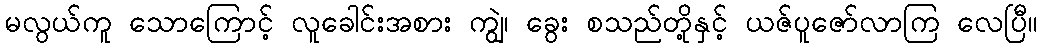
မလွယ်ကူ သောကြောင့် လူခေါင်းအစား ကျွဲ၊ ခွေး စသည်တို့နှင့် ယဇ်ပူဇော်လာကြ လေပြီ။